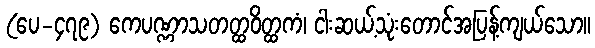
(ပေ-၄၇၉) ကေပဏ္ဏာသတတ္ထဝိတ္ထကံ၊ ငါးဆယ့်သုံးတောင်အပြန့်ကျယ်သော။